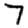
Digit: 7